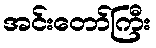
အင်းတော်ကြီး